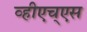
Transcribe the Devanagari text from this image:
व्हीएच्‌एस